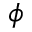
\phi